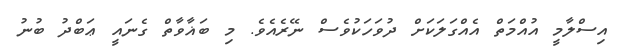
އިސްލާމީ އުއްމަތް އެއްގަލަކަށް ދުވަހަކުވެސް ނޭރެއެވެ. މި ބަޣާވާތް ގެނައީ ޢަބްދު ބުނު